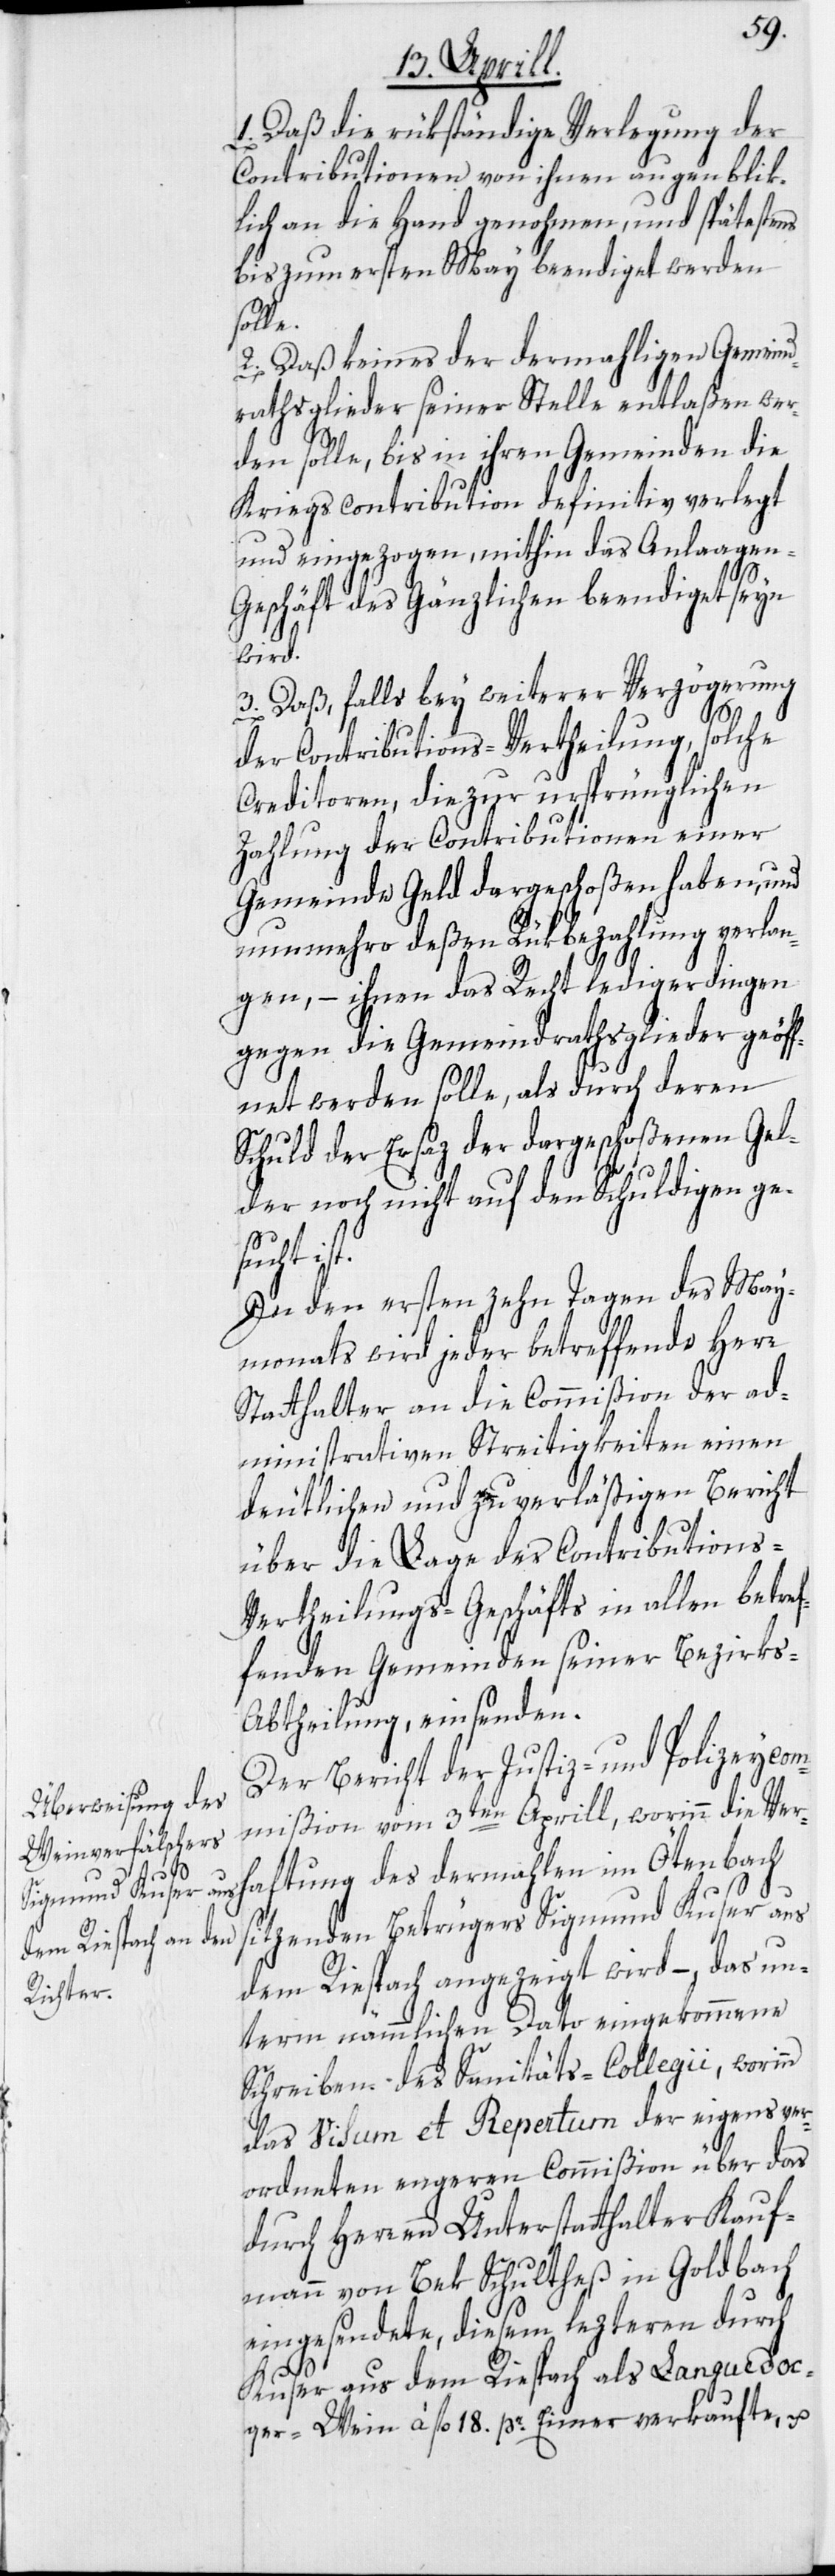
1. Daß die rükständige Verlegung der
Contributionen von ihnen augenblik¬
lich an die Hand genohmen, und spätestens
bis zum ersten May beendiget werden
le.
2. Daß keines der dermahligen Gemeind¬
rathsglieder seiner Stelle entlaßen wer¬
den solle, bis in ihren Gemeinden die
Kriegscontribution definitiv verlegt
und eingezogen, mithin das Anlaagen-G¬
eschäft des Gänzlichen beendiget seyn
wird.
3. Daß, falls bey weiterer Verzögerung
der Contributions-Vertheilung, solche
Creditoren, die zur ursprünglichen
Zahlung der Contributionen einer
Gemeinde Geld dargeschoßen haben, und
nunmehro deßen Rükbezahlung verlan¬
gen, – ihnen das Recht ledigerdingen
gegen die Gemeindrathsglieder geöff¬
net werden solle, als durch deren
Schuld der Ersaz der dargeschoßenen Gel¬
der noch nicht auf den Schuldigen ge¬
sucht ist.
In den ersten zehn Tagen des May¬
monats wird jeder betreffende Herr
Statthalter an die Commißion der ad¬
ministrativen Streitigkeiten einen
deutlichen und zuverläßigen Bericht
über die Lage des Contributions-V¬
ertheilungs-Geschäfts in allen betref¬
fenden Gemeinden seiner Bezirk¬
s-Abtheilung, einsenden.
Der Bericht der Justiz- und Polizeycom¬
mißion vom 3ten Aprill, worinn die Ver¬
haftung des dermahlen im Ötenbach
sitzenden Betrügers Sigmund Kuser aus
dem Riespach angezeigt wird –, das un¬
term nämmlichen Dato eingekommene
Schreiben des Sanitäts-Collegii, worinn
das Visum et Repertum der eigens ver¬
ordneten engeren Commißion über das
durch Herren Unterstatthalter Kauf¬
mann von Bek Schultheß in Goldbach
eingesendete, diesem lezteren durch
Kuser aus dem Riespach als Languedoc¬
qer-Wein à fl. 18. pr. Eimer verkaufte, u.